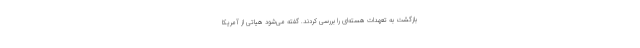
بازگشت به تعهدات هسته‌ای را بررسی کردند. گفته می‌شود هیاتی از آمریکا